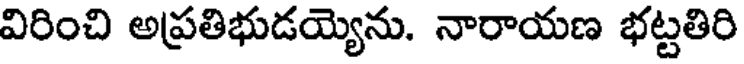
విరించి అప్రతిభుడయ్యెను. నారాయణ భట్టతిరి